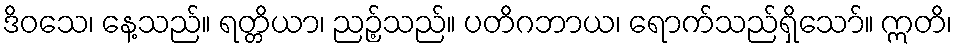
ဒိဝသေ၊ နေ့သည်။ ရတ္တိယာ၊ ညဉ့်သည်။ ပတိဂဘာယ၊ ရောက်သည်ရှိသော်။ ဣတိ၊